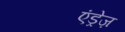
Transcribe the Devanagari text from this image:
एंड्रेज़